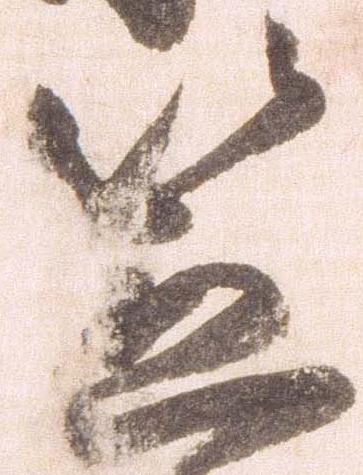
笠